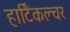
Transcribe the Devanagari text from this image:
हार्टिकल्चर